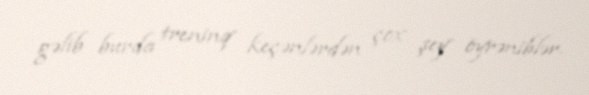
gəlib burda treninq keçənlərdən çox şey öyrəniblər.